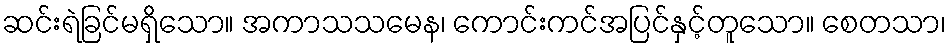
ဆင်းရဲခြင်မရှိသော။ အကာသသမေန၊ ကောင်းကင်အပြင်နှင့်တူသော။ စေတသာ၊